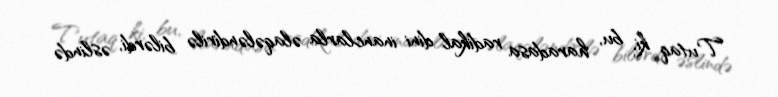
Tutaq ki, bu, haradasa radikal dini inanclarla əlaqələndirilə bilərdi, əslində